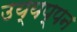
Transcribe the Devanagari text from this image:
उय्यप्पन